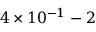
4 \times 1 0 ^ { - 1 } - 2